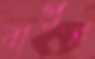
বাপুই